Vaccine operations Central Provinces 1868-1885 - 1868-1885
Year: 1868
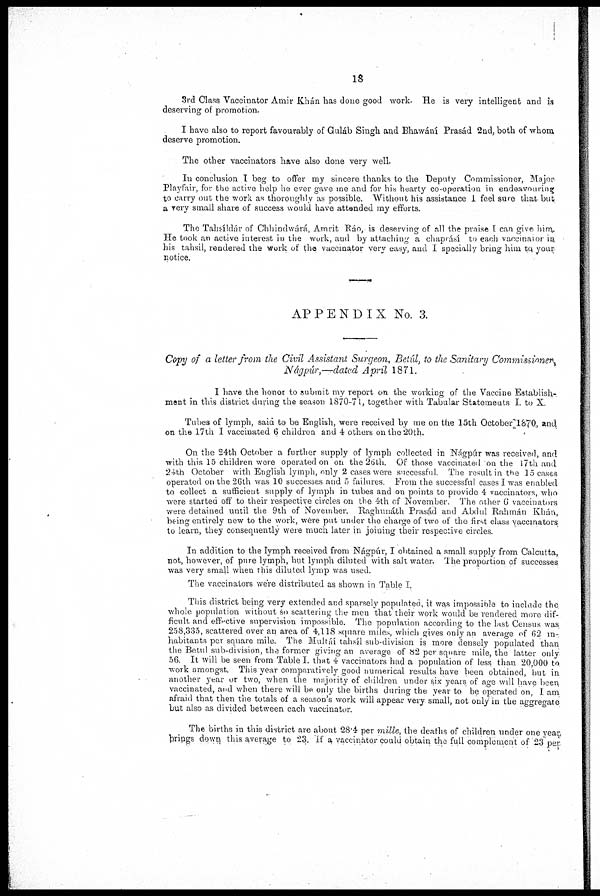
18
3rd Class Vaccinator Amir Khán has done good work. He is very intelligent and is
deserving of promotion.
I have also to report favourably of Guláb Singh and Bhawání Prasád 2nd, both of whom
deserve promotion.
The other vaccinators have also done very well.
In conclusion I beg to offer my sincere thanks to the Deputy Commissioner, Major
Playfair, for the active help he ever gave me and for his hearty co-operation in endeavouring
to carry out the work as thoroughly as possible. Without his assistance I feel sure that but
a very small share of success would have attended my efforts.
The Tahsíldár of Chhindwárá, Amrit Ráo, is deserving of all the praise I can give him.
He took an active interest in the work, and by attaching a chapráhí to each vaccinator in,
his tahsil, rendered the work of the vaccinator very easy, and I specially bring him to your
notice.
APPENDIX No. 3.
Copy of a letter from the Civil Assistant Surgeon, Betúl, to the Sanitary Commissioner
Nágpúr,—dated April 1871.
I have the honor to submit my report on the working of the Vaccine Establish-
ment in this district during the season 1870-71, together with Tabular Statements I. to X.
Tubes of lymph, said to be English, were received by me on the 15th October 1870, and
on the 17th I vaccinated 6 children and 4 others on the 20th.
On the 24th October a further supply of lymph collected in Nágpúr was received, and
with this 15 children were operated on on the 26 th. Of those vaccinated on the 17th and
24 th October with English lymph, only 2 cases were successful. The result in the 15 cases
operated on the 26th was 10 successes and 5 failures. From the successful cases I was enabled
to collect a sufficient supply of lymph in tubes and on points to provide 4 vaccinators, who
were started off to their respective circles on the 4th of November. The other 6 vaccinators
were detained until the 9th of November. Raghunáth Prasád and Abdul Rahmán Khán,
being entirely new to the work, were put under the charge of two of the fìrst class vaccinators
to learn, they consequently were much later in joining their respective circles.
In addition to the lymph received from Nágpúr, I obtained a small supply from Calcutta,
not, however, of pure lymph, but lymph diluted with salt water. The proportion of successes
was very small when this diluted lymp was used.
The vaccinators were distributed as shown in Table I.
This district being very extended and sparsely populated, it was impossible to include the
whole population without so scattering the men that their work would be rendered more dif-
ficult and effective supervision impossible. The population according to the last Census was
258,335, scattered over an area of 4,118 square miles, which gives only an average of 62 in-
habitants per square mile. The Multáí tahsil sub-division is more densely populated than
the Betul sub-division, the former giving an average of 82 per square mile, the latter only
56. It will be seen from Table I. that 4 vaccinators had a population of less than 20,000 to
work amongst. This year comparatively good numerical results have been obtained, but in
another year or two, when the majonty of children under six years of age will have been
vaccinated, and when there will be only the births during the year to be operated on, I am
afrard that then the totals of a season's work will appear very small, not only in the aggregate
but also as divided between each vaccinator.
The births in this district are about 28.4 per mille, the deaths of children under one year
brings down this average to 23. If a vaccinator could obtain the full complement of 23 per